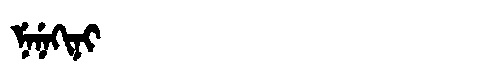
Manchu: ᠨᡝᠨᡝᡴᡳᠨᡳ
Romanization: NENEKINI